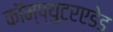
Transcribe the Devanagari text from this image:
कॉम्प्युटरएडेड